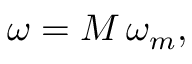
\omega = M \, \omega _ { m } ,